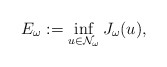
\begin{align*}E_{\omega}:=\inf_{u\in\mathcal{N}_{\omega}}J_{\omega}(u),\end{align*}